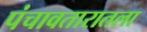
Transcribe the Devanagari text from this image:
पंचावतारातला